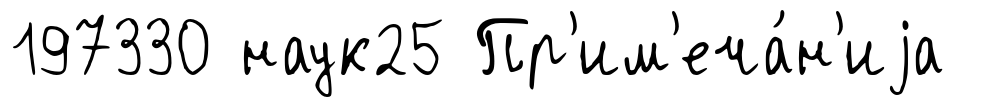
197330 наук25 Пр'им'еча́н'иjа